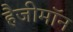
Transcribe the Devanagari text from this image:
हैजीमॉन